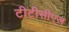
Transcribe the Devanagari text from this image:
टीटीसीएल